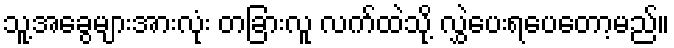
သူ့အခွေများအားလုံး တခြားလူ လက်ထဲသို့ လွှဲပေးရပေတော့မည်။